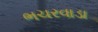
ભચરવાડા